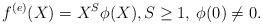
LaTeX: \begin{align*}f^{(e)}(X) = X^S \phi(X), S \geq 1, \: \phi(0) \neq 0.\end{align*}